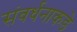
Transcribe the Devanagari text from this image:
संवर्धनाकडे